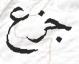
جزع